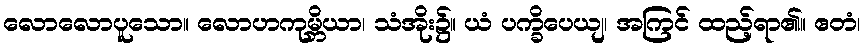
လောလောပူသော။ လောဟကုမ္ဘိယာ၊ သံအိုး၌။ ယံ ပက္ခိပေယျ၊ အကြင် ထည့်ရာ၏။ ဧတံ၊